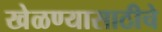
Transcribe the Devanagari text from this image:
खेळण्यासाठीचे